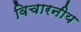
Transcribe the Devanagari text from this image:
विचारनीय